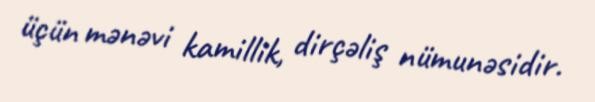
üçün mənəvi kamillik, dirçəliş nümunəsidir.